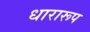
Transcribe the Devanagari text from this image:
धारारूप